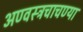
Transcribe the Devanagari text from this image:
अण्वस्त्रचाचण्या